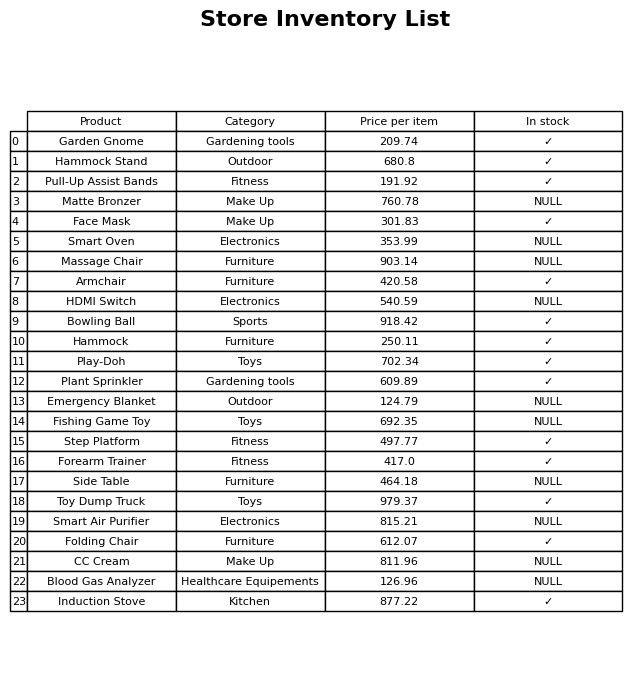
question: What is the stock status of the Blood Gas Analyzer?
answer: NULL